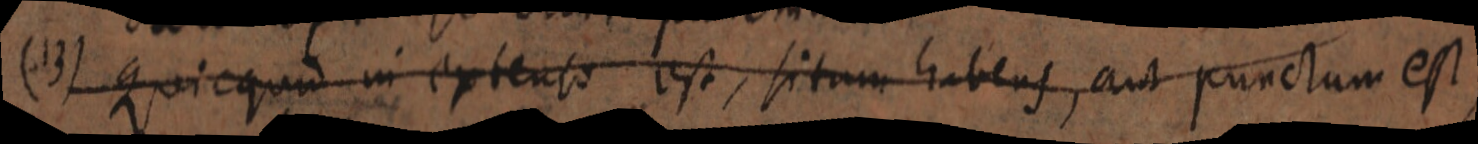
(13) Quicquid in extenso est, situm habens, aut punctum est,